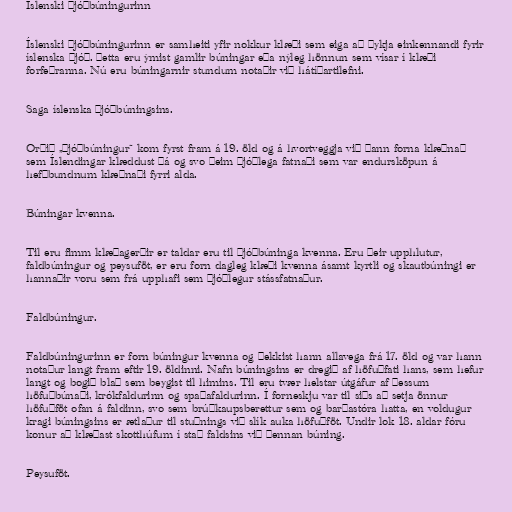
Íslenski þjóðbúningurinn

Íslenski þjóðbúningurinn er samheiti yfir nokkur klæði sem eiga að þykja einkennandi fyrir
íslenska þjóð. Þetta eru ýmist gamlir búningar eða nýleg hönnun sem vísar í klæði
forfeðranna. Nú eru búningarnir stundum notaðir við hátíðartilefni.

Saga íslenska þjóðbúningsins.

Orðið „þjóðbúningur“ kom fyrst fram á 19. öld og á hvortveggja við þann forna klæðnað
sem Íslendingar klæddust þá og svo þeim þjóðlega fatnaði sem var endursköpun á
hefðbundnum klæðnaði fyrri alda.

Búningar kvenna.

Til eru fimm klæðagerðir er taldar eru til þjóðbúninga kvenna. Eru þeir upphlutur,
faldbúningur og peysuföt, er eru forn dagleg klæði kvenna ásamt kyrtli og skautbúningi er
hannaðir voru sem frá upphafi sem þjóðlegur stássfatnaður.

Faldbúningur.

Faldbúningurinn er forn búningur kvenna og þekkist hann allavega frá 17. öld og var hann
notaður langt fram eftir 19. öldinni. Nafn búningsins er dregið af höfuðfati hans, sem hefur
langt og bogið blað sem beygist til himins. Til eru tvær helstar útgáfur af þessum
höfuðbúnaði, krókfaldurinn og spaðafaldurinn. Í forneskju var til siðs að setja önnur
höfuðföt ofan á faldinn, svo sem brúðkaupsberettur sem og barðastóra hatta, en voldugur
kragi búningsins er ætlaður til stuðnings við slík auka höfuðföt. Undir lok 18. aldar fóru
konur að klæðast skotthúfum í stað faldsins við þennan búning.

Peysuföt.